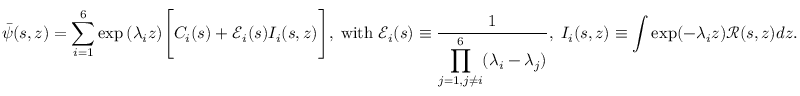
\bar { \psi } ( s , z ) = \sum _ { i = 1 } ^ { 6 } \exp { ( \lambda _ { i } z ) } \Bigg [ C _ { i } ( s ) + \mathscr { E } _ { i } ( s ) I _ { i } ( s , z ) \Bigg ] , \; \mathrm { w i t h } \; \mathscr { E } _ { i } ( s ) \equiv \frac { 1 } { \displaystyle \prod _ { j = 1 , j \neq i } ^ { 6 } ( \lambda _ { i } - \lambda _ { j } ) } , \; I _ { i } ( s , z ) \equiv \int \exp ( - \lambda _ { i } z ) \mathscr { R } ( s , z ) d z .